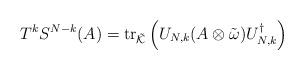
LaTeX: \begin{align*}{T}^{k} {S}^{{N-k}} (A) =\operatorname{tr}_{\tilde{\mathcal K}}\left( U_{N,k}( A\otimes\tilde\omega )U_{N,k}^\dagger \right)\end{align*}